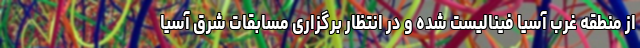
از منطقه غرب آسیا فینالیست شده و در انتظار برگزاری مسابقات شرق آسیا